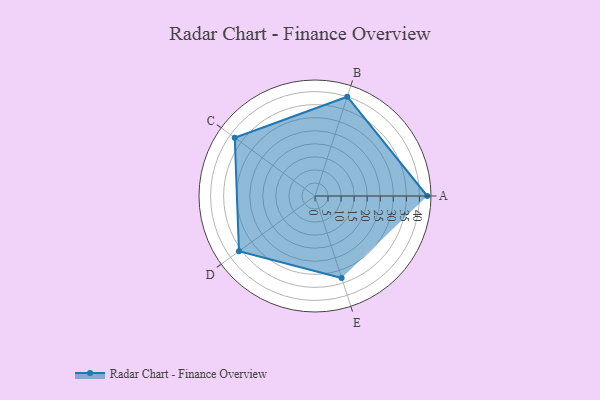
{"axis": {"x": "Skill", "y": "Score"}, "legend": ["Profile"], "data": [{"x": "A", "y": 43.0, "type": "Profile"}, {"x": "B", "y": 40.0, "type": "Profile"}, {"x": "C", "y": 38.0, "type": "Profile"}, {"x": "D", "y": 36.0, "type": "Profile"}, {"x": "E", "y": 33.0, "type": "Profile"}]}